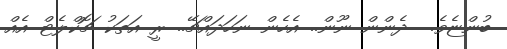
ބުންޏެވެ.  ދެންން ނޫން.. އެހެން ނަހަދައްޗޭ.. ރީ އަތަކު ޗޮކްލެޓް އެއް